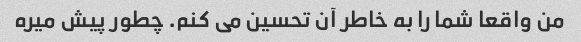
من واقعا شما را به خاطر آن تحسین می کنم. چطور پیش میره